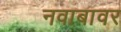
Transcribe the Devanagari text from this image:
नवाबावर